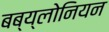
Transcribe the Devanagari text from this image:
बब्य्लोनियन